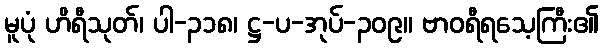
မူပုံ ဟိရီသုတ်၊ ပါ-၃၁၈၊ ဋ္ဌ-ပ-အုပ်-၃၀၉။ ဗာဝရီရသေ့ကြီး၏